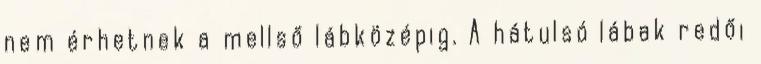
nem érhetnek a mellső lábközépig. A hátulsó lábak redői